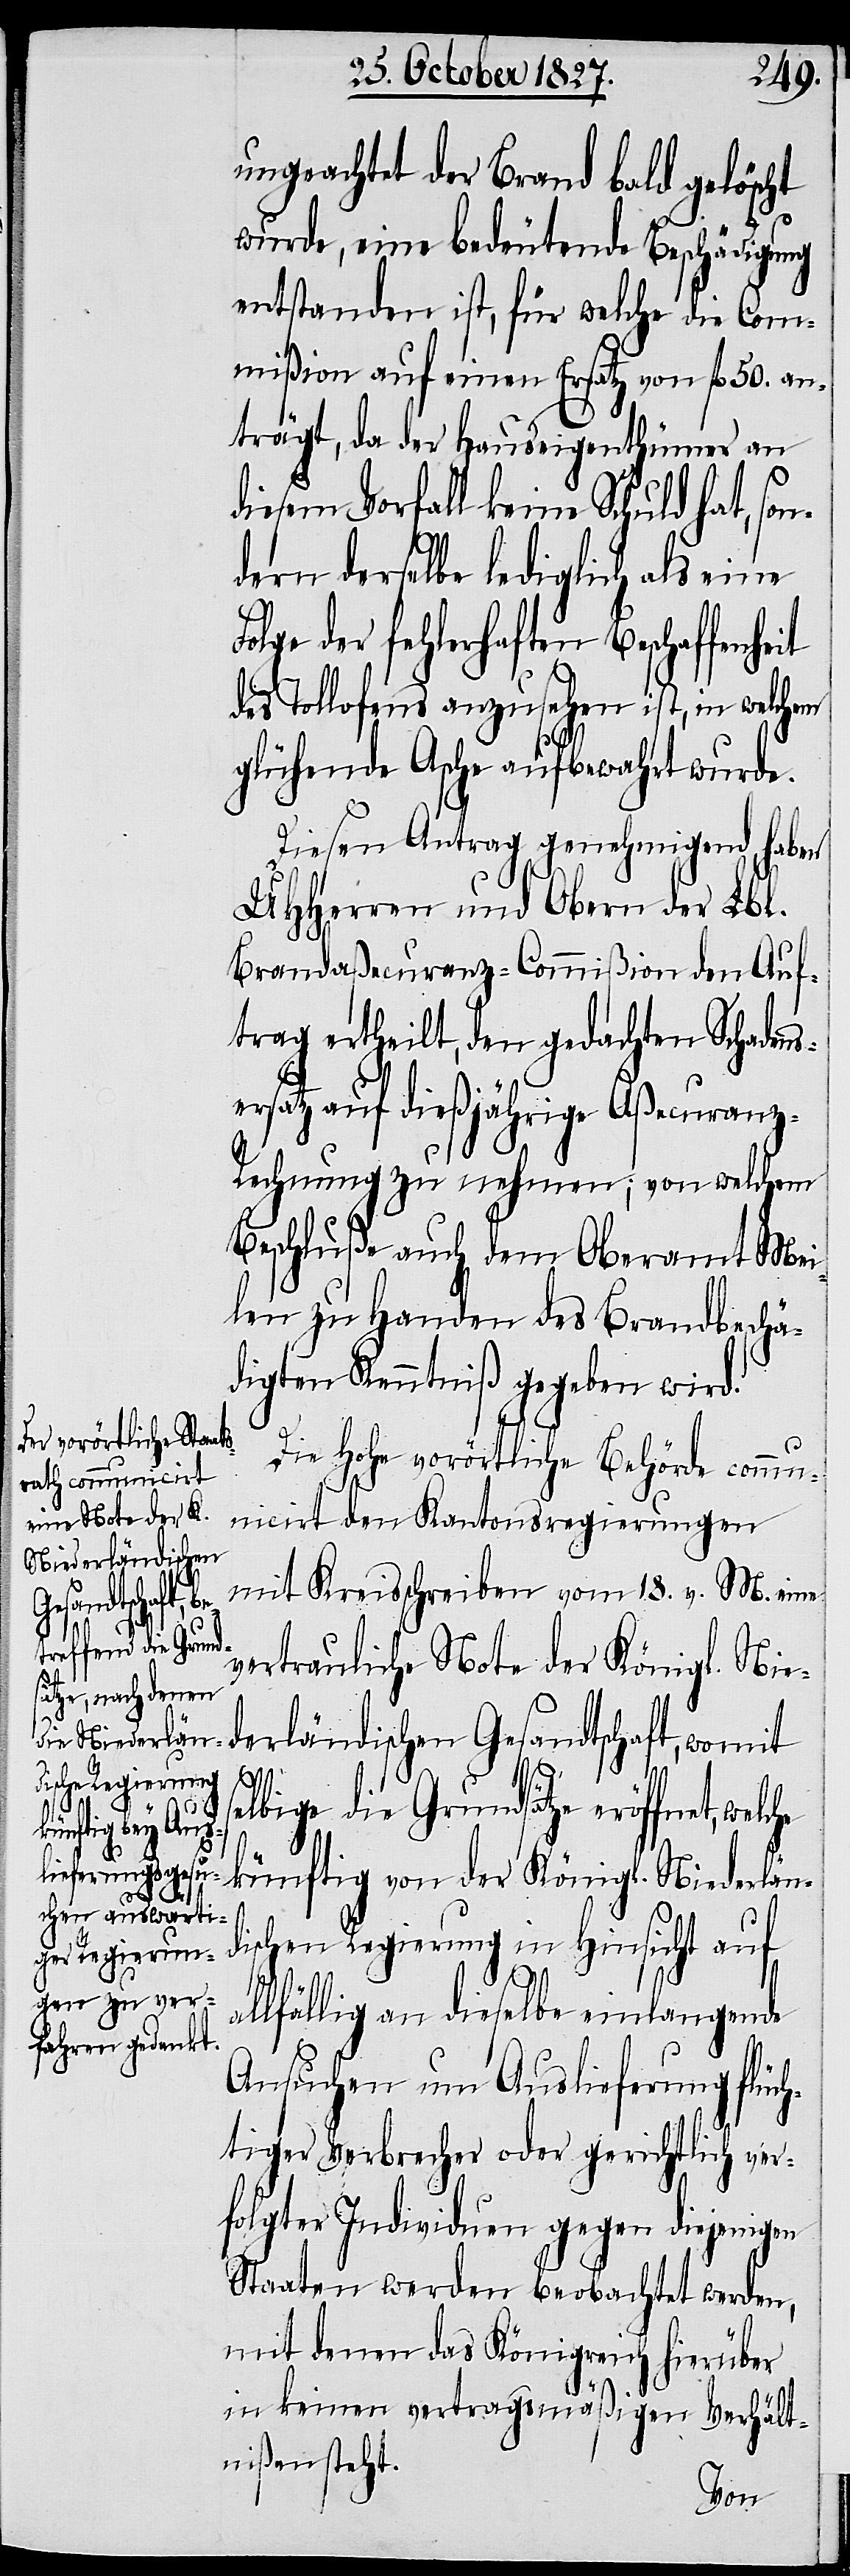
ungeachtet der Brand bald gelöscht
wurde, eine bedeutende Beschädigung
entstanden ist, für welche die Com¬
mißion auf einen Ersatz von fl. 50. an¬
trägt, da der Hauseigenthümer an
diesem Vorfall keine Schuld hat, so¬
dern derselbe lediglich als eine
der fehlerhaften Beschaffenhe¬
des Tollofens anzusehen ist, in welchem
glühende Asche aufbewahrt wurde.
Diesen Antrag genehmigend, haben
UHHerren und Obern der Lbl.
Brandaßecuranz-Commißion den Auf¬
trag ertheilt, den gedachten Schadens¬
ersatz auf dießjährige Aßecuranz-R¬
echnung zu nehmen; von welchem
Beschluße auch dem Oberamt Mei¬
len zu Handen des Brandbeschä¬
digten Kenntniß gegeben wird.
Die Hohe vorörtliche Behörde comm¬
unicirt den Kantonsregierungen
mit Kreisschreiben vom 18. v. M. eine
vertrauliche Note der Königl. Ni¬
a¬
ederländischen Gesandtschaft, womit
it
elbige die Grundsätze eröffnet, wel¬
s¬
künftig von der Königl. Niederlän¬
dischen Regierung in Hinsicht auf
llfällig an dieselbe eingelangende
Ansuchen um Auslieferung flüch¬
tiger Verbrecher oder gerichtlich ver¬
folgter Individuen gegen diejenigen
Staaten werden beobachtet werden,
mit denen das Königreich hierüber
in keinem vertragsmäßigen Verhält¬
nißen steht.